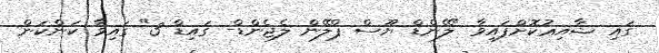
ގައި ޝާއިޢުކޮށްފައިވާ "ލޭންޑް ޔޫސް ޕްލޭން ލެޖެންޑް- ގައިޑް 3" ގައިވާ ކަންކަން